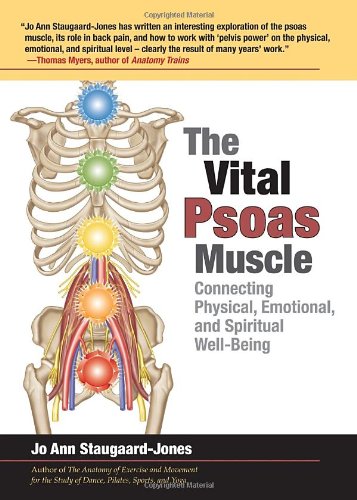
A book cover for The Vital Psoas Muscle: Connecting Physical, Emotional, and Spiritual Well-Being; Jo Ann Staugaard-Jones; Medical Books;